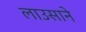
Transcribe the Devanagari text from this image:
लाउसाने